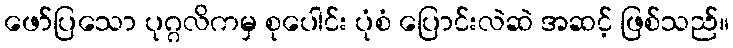
ဖော်ပြသော ပုဂ္ဂလိကမှ စုပေါင်း ပုံစံ ပြောင်းလဲဆဲ အဆင့် ဖြစ်သည်။